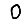
Digit: 0